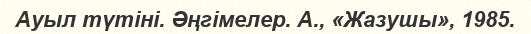
Ауыл түтіні. Әңгімелер. А., «Жазушы», 1985.